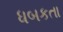
ધબકતા